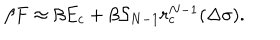
\beta F \approx \beta E _ { c } + \beta { \cal S } _ { N - 1 } r _ { c } ^ { N - 1 } ( \Delta \sigma ) .